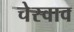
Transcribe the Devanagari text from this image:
चेस्वाव